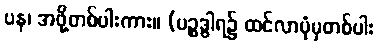
ပန၊ အဖို့တစ်ပါးကား။ (ပဉ္စဒွါရ၌ ထင်လာပုံမှတစ်ပါး